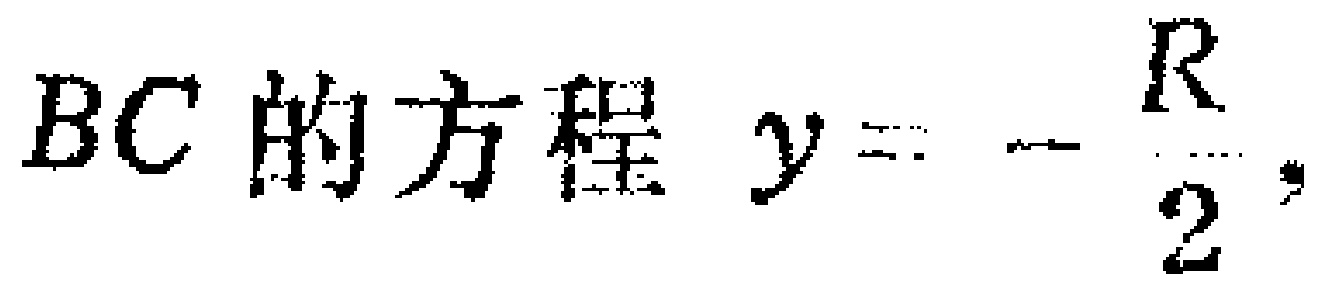
$BC\text{ 的方程 }y = -\frac{R}{2},$